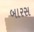
બારસ